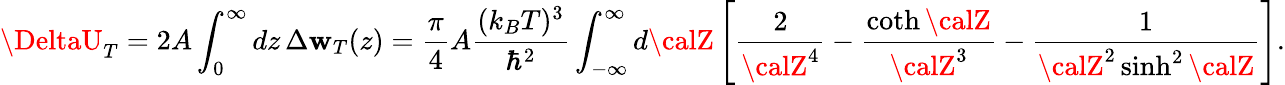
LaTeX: \DeltaU_{T}=2A\int_{0}^{\infty}dz\, \Delta\mathbf{w}_{T}(z)={\frac{{\pi}}{{4}}}A{\frac{{(k_{B}T)^{3}}}{{\hbar^{2}}}}\int_{-\infty}^{\infty}d{\calZ}\left[{\frac{{2}}{{{\calZ}^{4}}}}-{\frac{{\coth{\calZ}}}{{{\calZ}^{3}}}}-{\frac{{1}}{{{\calZ}^{2}\sinh^{2}{\calZ}}}}\right].